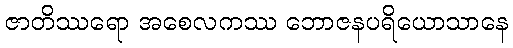
ဇာတိဿရော အစေလကဿ ဘောဇနပရိယောသာနေ